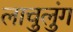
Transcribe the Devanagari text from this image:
लाचुलुंग